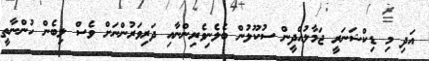
އަދި މި ޑިކްޝަނަރީ ޖަމާލުއްދީން ސުކޫލުން ބެލެނިވެރިންނާއި ދަރިވަރުންނަށް ވެސް ލިބެން ހުންނާތީ